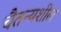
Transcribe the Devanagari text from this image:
चैतन्यशील